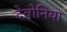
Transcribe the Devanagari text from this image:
देवोनिया